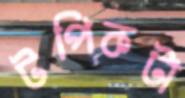
টপিকটা